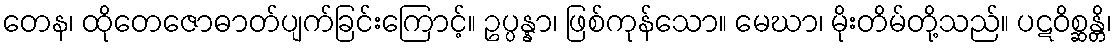
တေန၊ ထိုတေဇောဓာတ်ပျက်ခြင်းကြောင့်။ ဥပ္ပန္နာ၊ ဖြစ်ကုန်သော။ မေဃာ၊ မိုးတိမ်တို့သည်။ ပဋဝိစ္ဆန္တိ၊